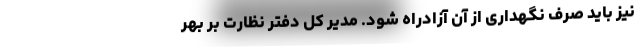
نیز باید صرف نگهداری از آن آزادراه شود. مدیر کل دفتر نظارت بر بهر